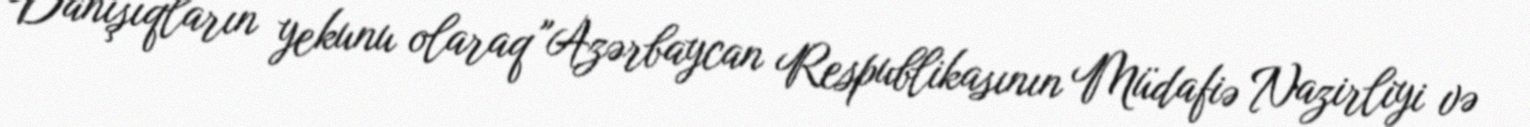
Danışıqların yekunu olaraq "Azərbaycan Respublikasının Müdafiə Nazirliyi və